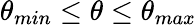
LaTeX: \theta_{min}\leq\theta\leq\theta_{max}